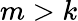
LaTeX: m>k